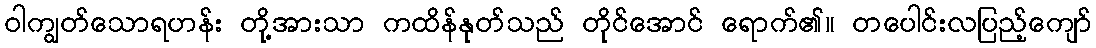
ဝါကျွတ်သောရဟန်း တို့အားသာ ကထိန်နုတ်သည် တိုင်အောင် ရောက်၏။ တပေါင်းလပြည့်ကျော်